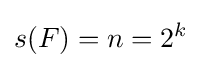
s(F)=n=2^{k}